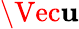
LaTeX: \Vec{\mathbf{u}}